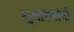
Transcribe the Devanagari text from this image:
सुधारणांनी